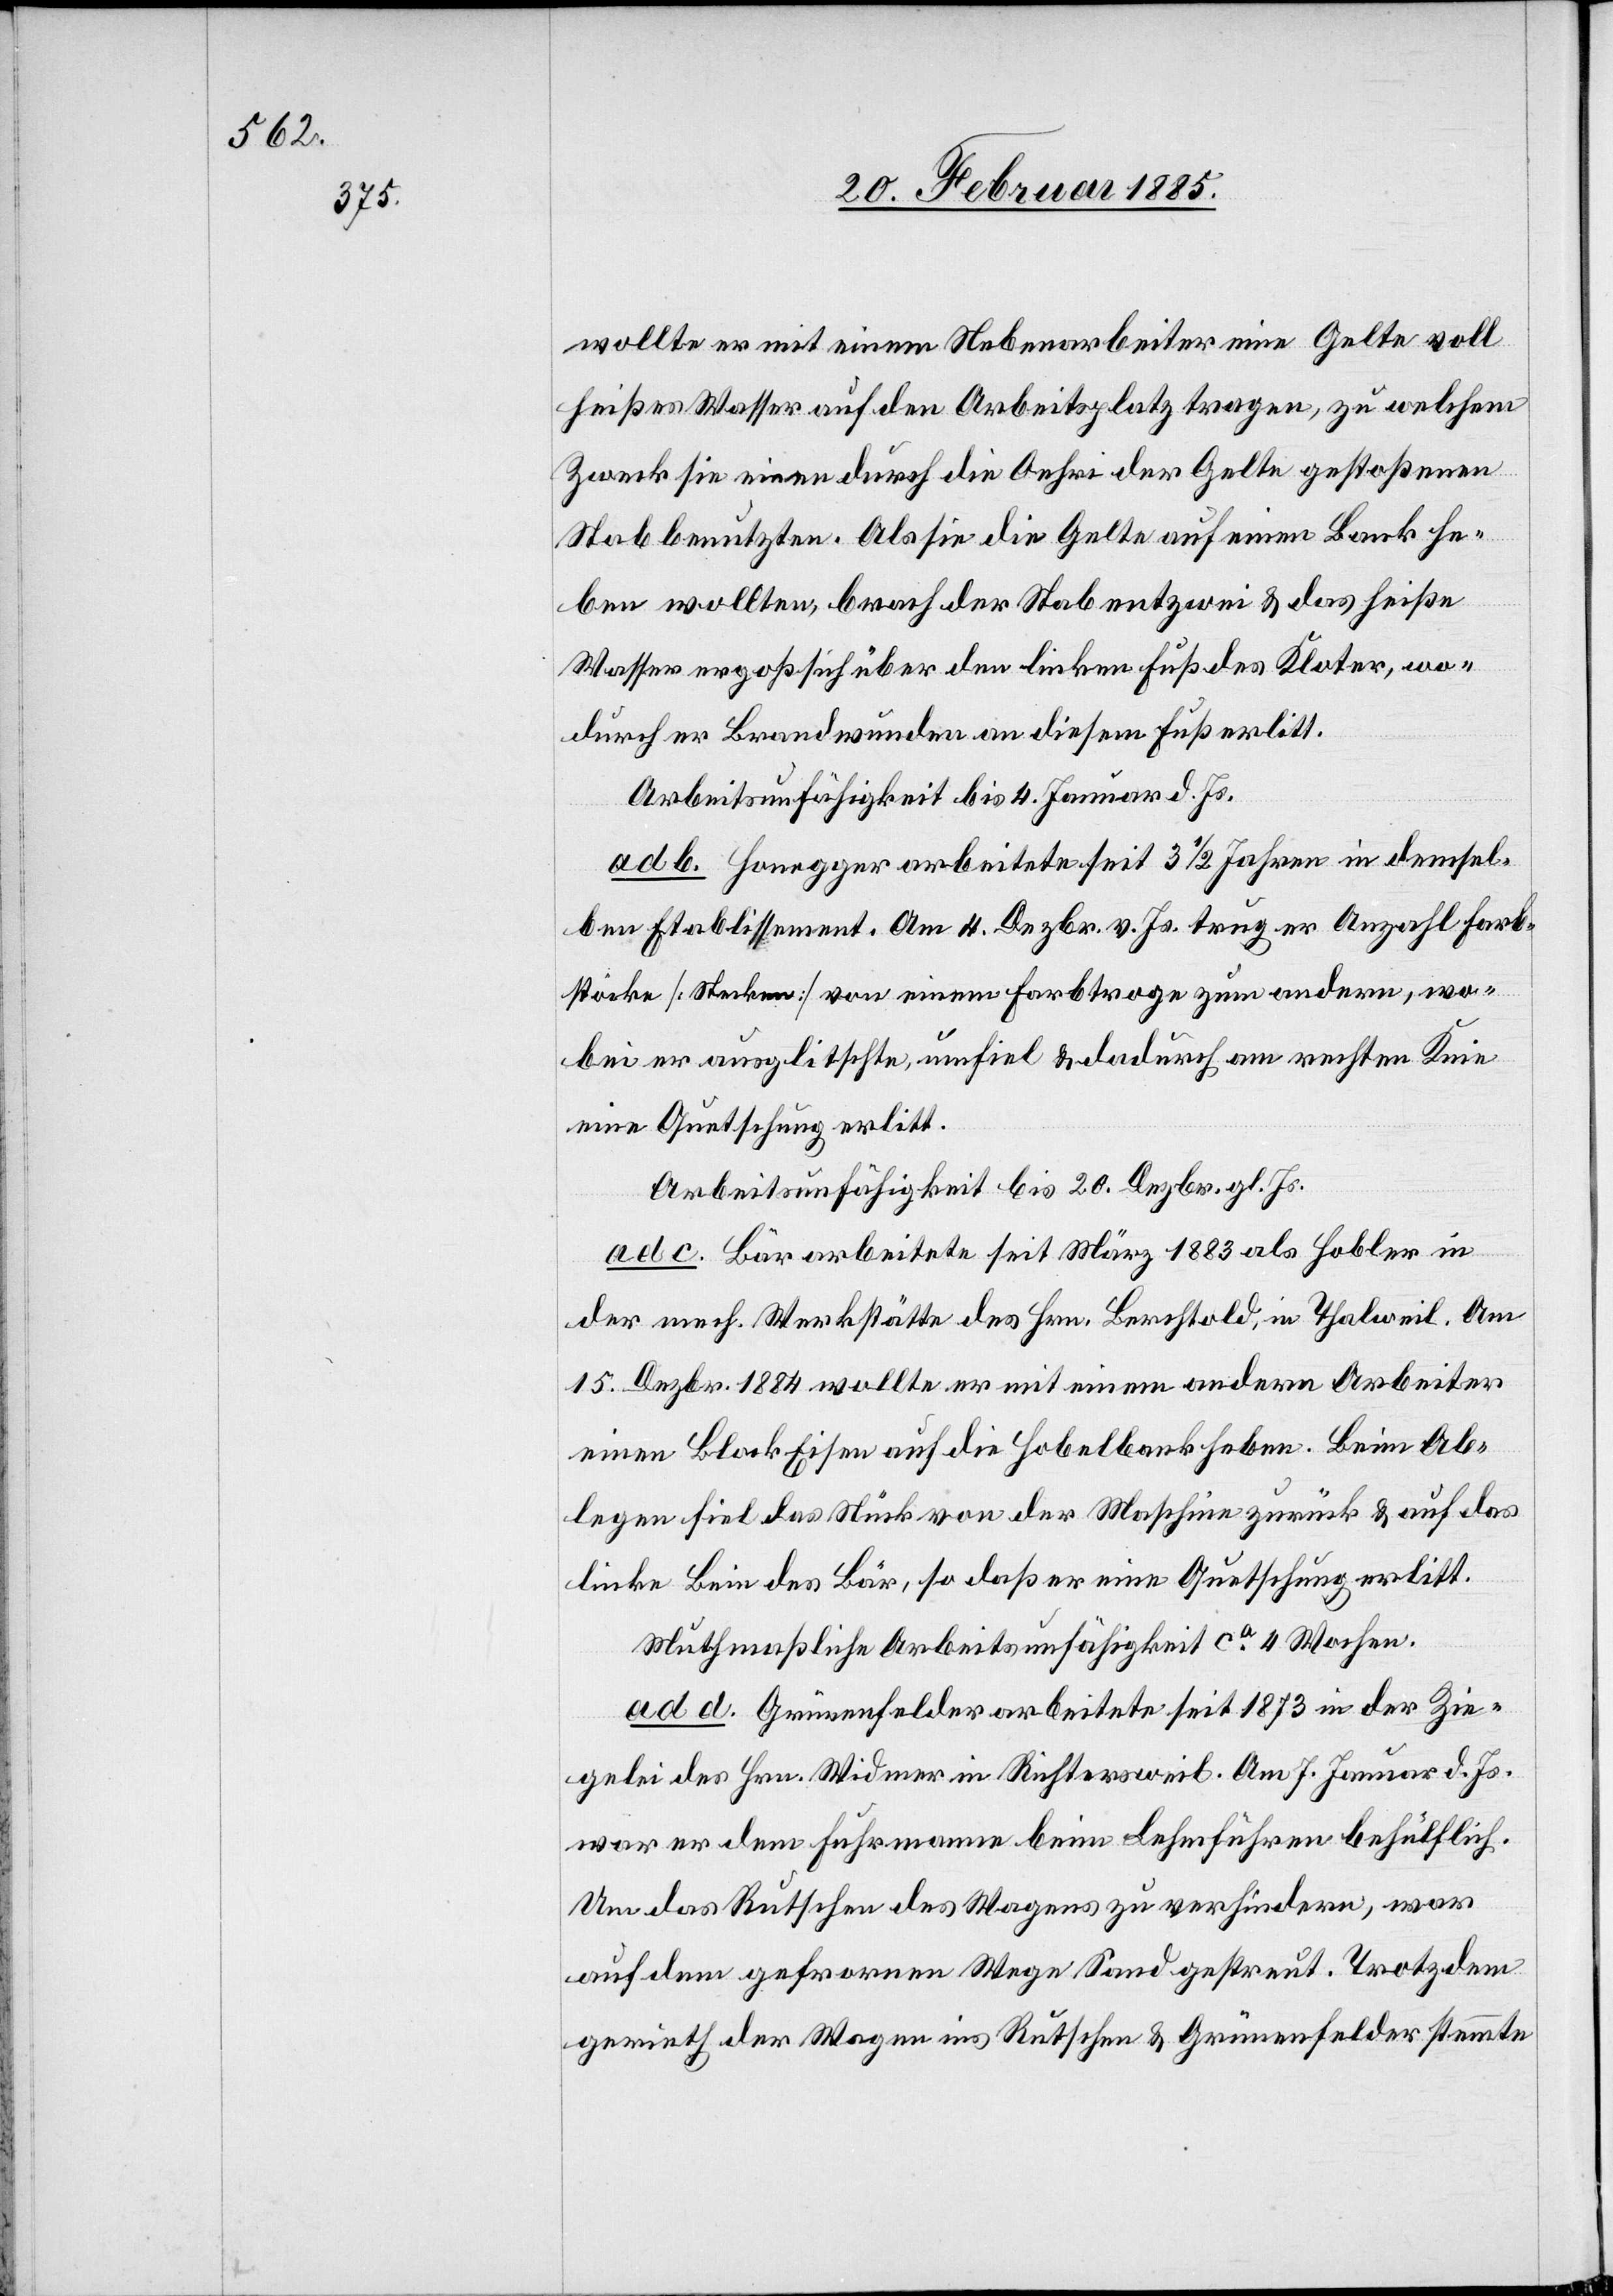
wollte er mit einem Nebenarbeiter eine Gelte voll
heißes Wasser auf den Arbeitsplatz tragen, zu welchem
Zwecke sie einen durch die Oehri der Gelte gestoßenen
Stab benutzten. Als sie die Gelte auf einen Bank he¬
ben wollten, brach der Stab entzwei & das heiße
Wasser ergoß sich über den linken Fuß des Kloter, wo¬
durch er Brandwunden an diesem Fuß erlitt.
Arbeitsunfähigkeit bis 4. Januar d. Js.
ad b. Honegger arbeitete seit 3 1/2 Jahren in demsel¬
ben Etablissement. Am 4. Dezbr. v. Js. trug der Anzahl Farb¬
stöcke [Stecken] von einem Farbtroge zum andern, wo¬
bei er ausglitschte, umfiel & dadurch am rechten Knie
eine Quetschung erlitt.
Arbeitsunfähigkeit bis 20. Dezbr. gl. Js.
ad c. Bär arbeitete seit März 1883 als Hobler in
der mech. Werkstätte des Hrn. Berchtold, in Thalweil. Am
15. Dezbr. 1884 wollte er mit einem andern Arbeiter
einen Block Eisen auf die Hobelbank heben. Beim Ab¬
legen fiel das Stück von der Maschine zurück & auf das
linke Bein des Bär, so daß er eine Quetschung erlitt.
Muthmaßliche Arbeitsunfähigkeit ca 4 Wochen.
ad d. Grünenfelder arbeitete seit 1873 in der Zie¬
gelei des Hrn. Widmer in Richtersweil. Am 7. Januar d. Js.
war er dem Fuhrmanne beim Lehmführen behülflich.
Um das Rutschen des Wagens zu verhindern, war
auf dem gefrornen Wege Sand gestreut. Trotzdem
gerieth der Wagen ins Rutschen & Grünenfelder stemmte